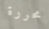
محررة